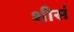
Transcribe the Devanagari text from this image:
शीसं